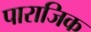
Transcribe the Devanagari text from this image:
पाराजिक